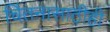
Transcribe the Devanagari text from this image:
चिंतनासाठीही